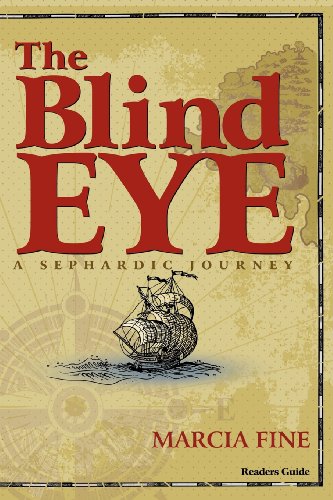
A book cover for The Blind Eye - A Sephardic Journey; Marcia Fine; Religion & Spirituality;